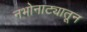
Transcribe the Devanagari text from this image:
नभोनाट्यातून